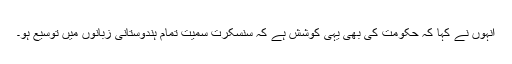
انہوں نے کہا کہ حکومت کی بھی یہی کوشش ہے کہ سنسکرت سمیت تمام ہندوستانی زبانوں میں توسیع ہو۔